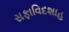
સફાવિદશાહ